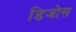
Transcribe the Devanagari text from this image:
डिजोस